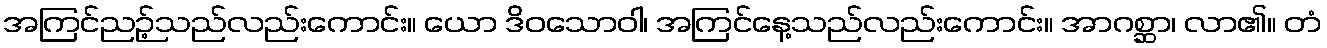
အကြင်ညဉ့်သည်လည်းကောင်း။ ယော ဒိဝသောဝါ၊ အကြင်နေ့သည်လည်းကောင်း။ အာဂစ္ဆာ၊ လာ၏။ တံ